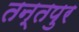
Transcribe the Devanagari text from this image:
तन्तपुर